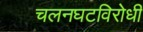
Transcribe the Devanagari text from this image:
चलनघटविरोधी